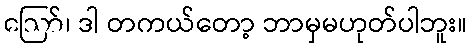
ဪ၊ ဒါ တကယ်တော့ ဘာမှမဟုတ်ပါဘူး။